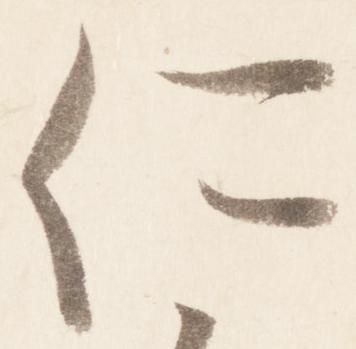
仁